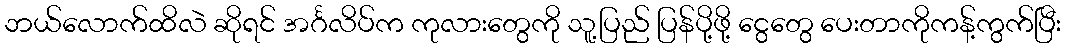
ဘယ်လောက်ထိလဲ ဆိုရင် အင်္ဂလိပ်က ကုလားတွေကို သူ့ပြည် ပြန်ပို့ဖို့ ငွေတွေ ပေးတာကိုကန့်ကွက်ပြီး